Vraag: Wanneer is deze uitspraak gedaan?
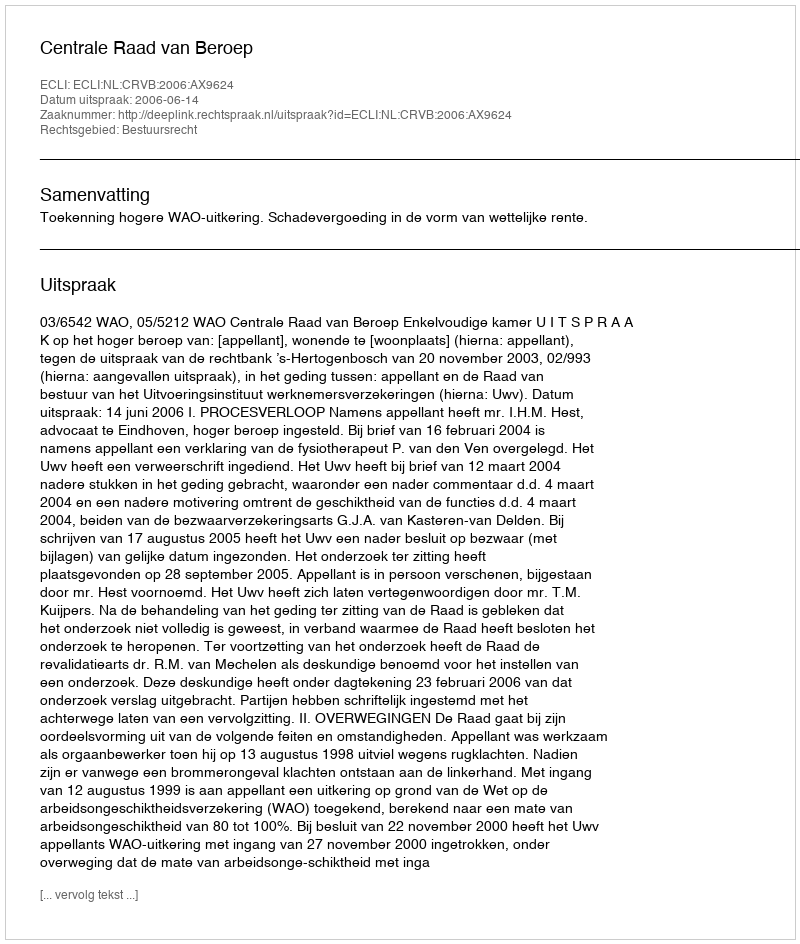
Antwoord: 2006-06-14